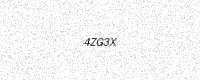
Text: 4ZG3X